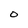
Character: O